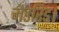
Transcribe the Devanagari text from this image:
मैडरिड।